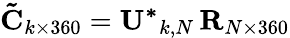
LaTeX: \mathbf{\tilde{C}}_{k\times 360}=\mathbf{U^{*}}_{k,N}\, \mathbf{R}_{N\times 360}